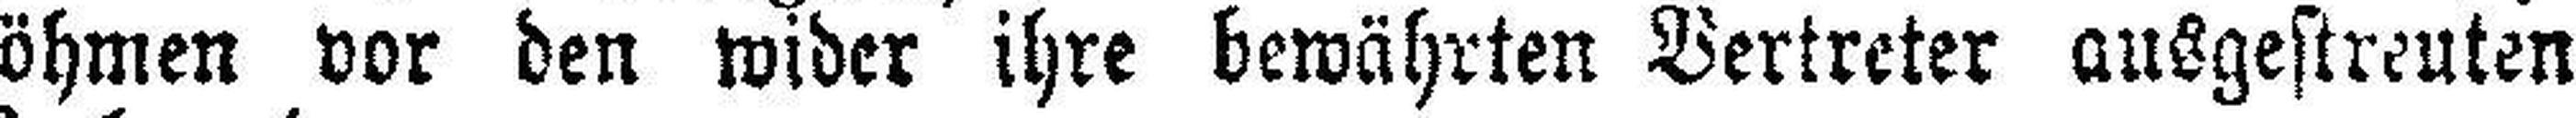
böhmen vor den wider ihre bewährten Vertreter ausgestreuten